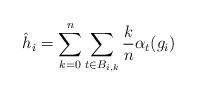
LaTeX: \begin{align*}\hat{h}_i = \sum_{k=0}^n \sum_{t\in B_{i,k}} \frac{k}{n} \alpha_t (g_i ) \end{align*}